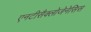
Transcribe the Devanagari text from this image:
एनटीसैक्लोजेनेसिस